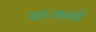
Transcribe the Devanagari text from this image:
रहजनी